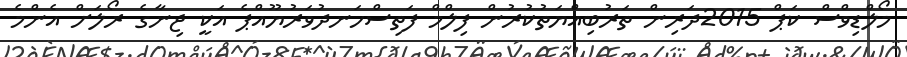
މޯލްޑިވްސް ކަޕް 2015ދަރިން ތަރުބިއްޔަތުކުރުން ފިލްމް ފަތިސްހަނދުވަރުޔޫއްޕެ އަކީ ޖިނާގެ ރޯލަށް އެންމެ